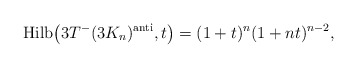
\begin{gather*}{\rm Hilb}\big(3T^{-}( 3 K_n)^{\rm anti},t\big) = (1+t)^n (1+n t)^{n-2} ,\end{gather*}